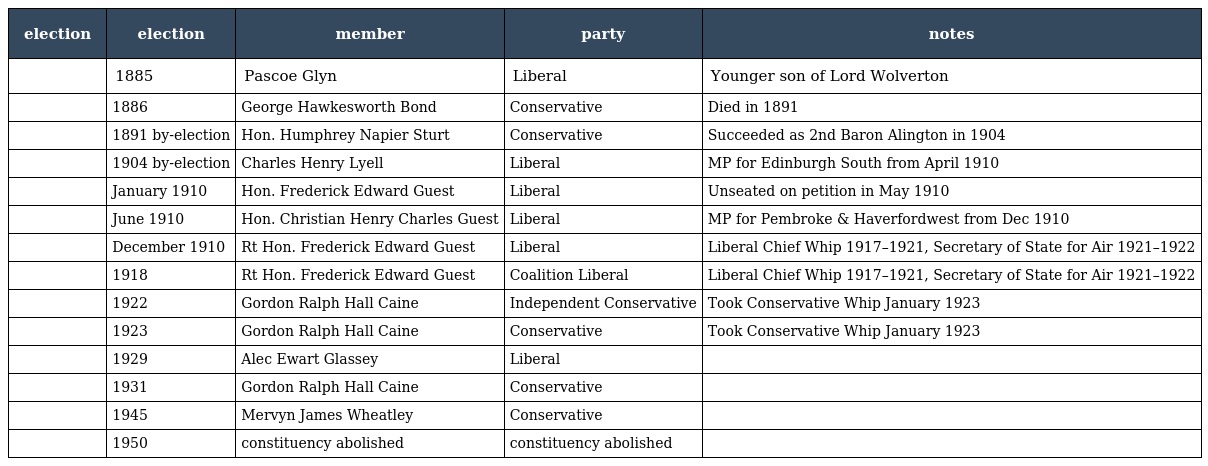
| election | election | member | party | notes |
 | --- | --- | --- | --- | --- |
 |  | 1885 | Pascoe Glyn | Liberal | Younger son of Lord Wolverton |
 |  | 1886 | George Hawkesworth Bond | Conservative | Died in 1891 |
 |  | 1891 by-election | Hon. Humphrey Napier Sturt | Conservative | Succeeded as 2nd Baron Alington in 1904 |
 |  | 1904 by-election | Charles Henry Lyell | Liberal | MP for Edinburgh South from April 1910 |
 |  | January 1910 | Hon. Frederick Edward Guest | Liberal | Unseated on petition in May 1910 |
 |  | June 1910 | Hon. Christian Henry Charles Guest | Liberal | MP for Pembroke & Haverfordwest from Dec 1910 |
 |  | December 1910 | Rt Hon. Frederick Edward Guest | Liberal | Liberal Chief Whip 1917–1921, Secretary of State for Air 1921–1922 |
 |  | 1918 | Rt Hon. Frederick Edward Guest | Coalition Liberal | Liberal Chief Whip 1917–1921, Secretary of State for Air 1921–1922 |
 |  | 1922 | Gordon Ralph Hall Caine | Independent Conservative | Took Conservative Whip January 1923 |
 |  | 1923 | Gordon Ralph Hall Caine | Conservative | Took Conservative Whip January 1923 |
 |  | 1929 | Alec Ewart Glassey | Liberal |  |
 |  | 1931 | Gordon Ralph Hall Caine | Conservative |  |
 |  | 1945 | Mervyn James Wheatley | Conservative |  |
 |  | 1950 | constituency abolished | constituency abolished |  |